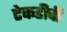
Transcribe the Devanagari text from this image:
टेकडीची